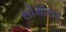
સોમાસર